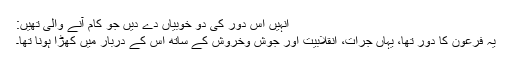
اُنہیں اُس دور کی دو خوبیاں دے دیں جو کام آنے والی تھیں:
یہ فرعون کا دور تھا، یہاں جرأت، انقلابیت اور جوش وخروش کے ساتھ اُس کے دربار میں کھڑا ہونا تھا۔